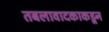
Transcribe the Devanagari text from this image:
तबलावादकाकडून